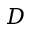
D